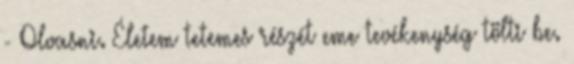
- Olvasni. Életem tetemes részét eme tevékenység tölti be.